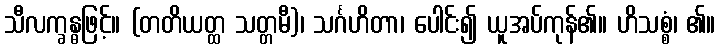
သီလက္ခန္ဓဖြင့်။ (တတိယတ္ထ သတ္တမီ)၊ သင်္ဂဟိတာ၊ ပေါင်း၍ ယူအပ်ကုန်၏။ ဟိသစ္စံ၊ ၏။